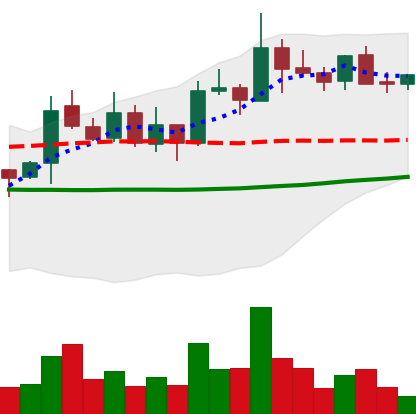
Ticker: XLM-USD
Chart end date: 2021-10-23
Forward return: -9.471%
Label: down_7plus